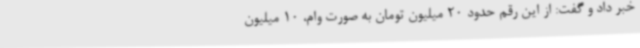
خبر داد و گفت: از این رقم حدود 20 میلیون تومان به صورت وام، 10 میلیون